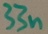
Text: 33n